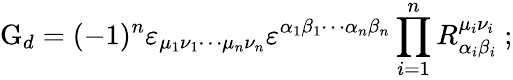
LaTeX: \mathrm{G}_{d}=(-1)^{n}\varepsilon_{\mu_{1}\nu_{1}\cdots\mu_{n}\nu_{n}}\varepsilon^{\alpha_{1}\beta_{1}\cdots\alpha_{n}\beta_{n}}\prod_{i=1}^{n}R_{\alpha_{i}\beta_{i}}^{\mu_{i}\nu_{i}}~;